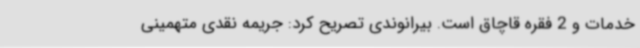
خدمات و 2 فقره قاچاق است. بیرانوندی تصریح کرد: جریمه نقدی متهمینی